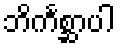
ဘိင်္ကစ္ဆာပါ